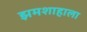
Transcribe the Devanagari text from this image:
झमशाहाला